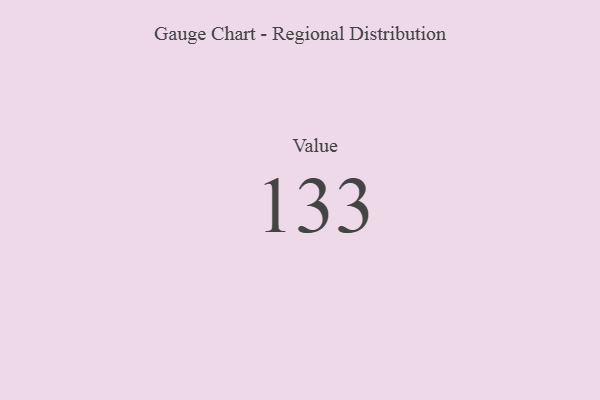
{"axis": {"x": "Metric", "y": "Value"}, "legend": [""], "data": [{"x": "Value", "y": 133, "type": ""}]}